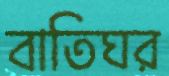
বাতিঘর